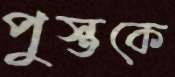
পুস্তকে